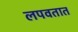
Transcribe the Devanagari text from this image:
लपवतात